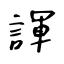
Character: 諢